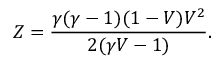
Z = { \frac { \gamma ( \gamma - 1 ) ( 1 - V ) V ^ { 2 } } { 2 ( \gamma V - 1 ) } } .